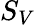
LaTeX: S_{V}